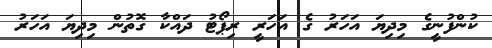
ކުންފުނީގެ މިދިޔަ އަހަރު ގެ އަހަރީ ރިޕޯޓު ދައްކާ ގޮތުން މިދިޔަ އަހަރު